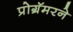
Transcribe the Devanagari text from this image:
प्रोग्रॅमरने